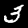
Digit: 3